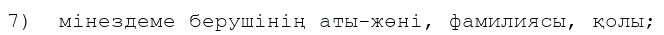
7)  мінездеме берушінің аты-жөні, фамилиясы, қолы;